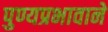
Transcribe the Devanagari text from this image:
पुण्यप्रभावाने